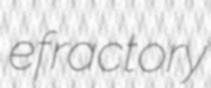
efractory